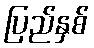
ပြည်နှစ်